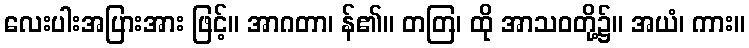
လေးပါးအပြားအား ဖြင့်။ အာဂတာ၊ န်၏။ တတြ၊ ထို အာသဝတို့၌။ အယံ၊ ကား။